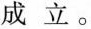
成立。